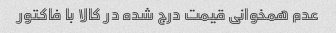
عدم همخوانی قیمت درج شده در کالا با فاکتور